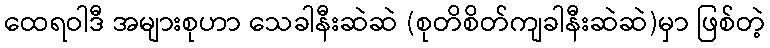
ထေရဝါဒီ အများစုဟာ သေခါနီးဆဲဆဲ (စုတိစိတ်ကျခါနီးဆဲဆဲ)မှာ ဖြစ်တဲ့